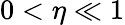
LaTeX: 0<\eta\ll 1